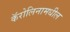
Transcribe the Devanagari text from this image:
कॅरोलिनामधील